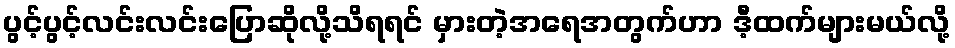
ပွင့်ပွင့်လင်းလင်းပြောဆိုလို့သိရရင် မှားတဲ့အရေအတွက်ဟာ ဒီ့ထက်များမယ်လို့